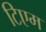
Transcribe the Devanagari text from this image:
टिएम